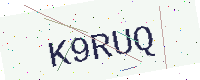
Text: K9RUQ